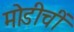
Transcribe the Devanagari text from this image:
मोडीचीं